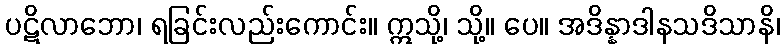
ပဋိလာဘော၊ ရခြင်းလည်းကောင်း။ ဣသို့၊ သို့။ ပေ။ အဒိန္နာဒါနသဒိသာနိ၊